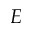
E